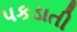
પકડાતી